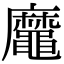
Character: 𪓹